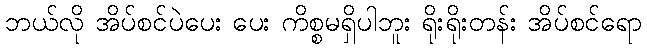
ဘယ်လို အိပ်စင်ပဲပေး ပေး ကိစ္စမရှိပါဘူး ရိုးရိုးတန်း အိပ်စင်ရော